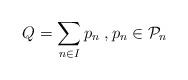
LaTeX: \begin{align*} Q=\sum_{n\in I}p_n\; ,p_n\in {{\cal P}}_{n}\end{align*}